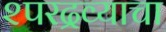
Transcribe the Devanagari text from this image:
२परद्रव्याचा